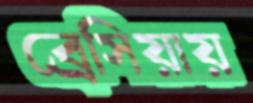
ব্রেসিয়ায়